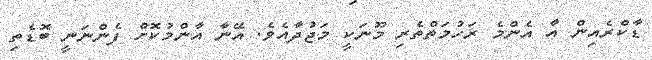
ޑާކްރެއިން އާ އެންމެ ރަހުމަތްތެރި މޫނަކީ މަޖުދާއެވެ. އޭނާ އާންމުކޮށް ފެންނަނީ ބޮޑެތި